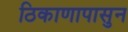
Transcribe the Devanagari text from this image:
ठिकाणापासुन